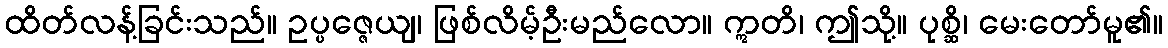
ထိတ်လန့်ခြင်းသည်။ ဥပ္ပဇ္ဇေယျ၊ ဖြစ်လိမ့်ဦးမည်လော။ ဣတိ၊ ဤသို့။ ပုစ္ဆိ၊ မေးတော်မူ၏။